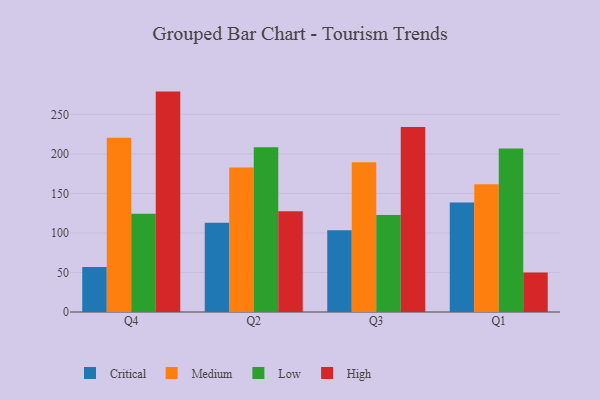
{"axis": {"x": "Quarter", "y": "Latency (ms)"}, "legend": ["Critical", "High", "Low", "Medium"], "data": [{"x": "Q4", "y": 56.8, "type": "Critical"}, {"x": "Q4", "y": 220.3, "type": "Medium"}, {"x": "Q4", "y": 124.4, "type": "Low"}, {"x": "Q4", "y": 278.8, "type": "High"}, {"x": "Q2", "y": 112.8, "type": "Critical"}, {"x": "Q2", "y": 182.8, "type": "Medium"}, {"x": "Q2", "y": 208.5, "type": "Low"}, {"x": "Q2", "y": 127.4, "type": "High"}, {"x": "Q3", "y": 103.5, "type": "Critical"}, {"x": "Q3", "y": 189.3, "type": "Medium"}, {"x": "Q3", "y": 122.8, "type": "Low"}, {"x": "Q3", "y": 234.1, "type": "High"}, {"x": "Q1", "y": 138.4, "type": "Critical"}, {"x": "Q1", "y": 161.6, "type": "Medium"}, {"x": "Q1", "y": 206.8, "type": "Low"}, {"x": "Q1", "y": 50.0, "type": "High"}]}